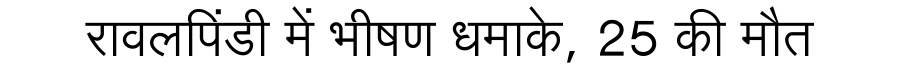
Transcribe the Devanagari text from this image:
रावलपिंडी में भीषण धमाके, 25 की मौत